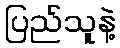
ပြည်သူနဲ့